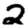
Digit: 2